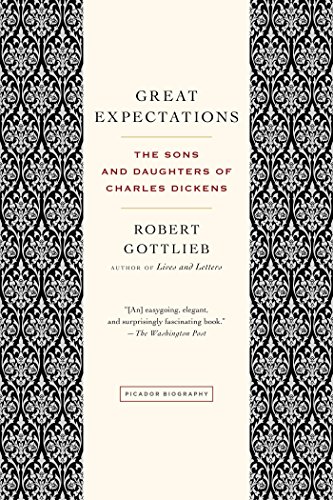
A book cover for Great Expectations: The Sons and Daughters of Charles Dickens; Robert Gottlieb; Biographies & Memoirs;